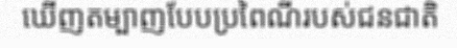
ឃើញតម្បាញបែបប្រពៃណីរបស់ជនជាតិ